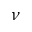
\nu